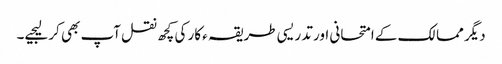
دیگر ممالک کے امتحانی اور تدریسی طریقہ ء کار کی کچھ نقل آپ بھی کر لیجیے۔